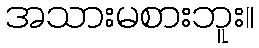
အသားမစားဘူး။